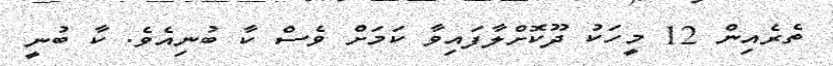
ތެރެއިން 12 މީހަކު ދޫކޮށްލާފައިވާ ކަމަށް ވެސް ކާ ބުނިއެވެ. ކާ ބުނީ